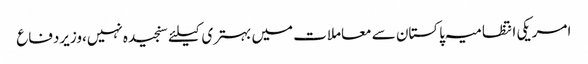
امریکی انتظامیہ پاکستان سے معاملات میں بہتری کیلئے سنجیدہ نہیں،وزیردفاع